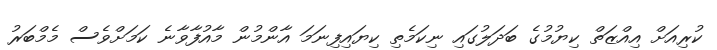
ކުރިއަށް އިއްޒަތް ކިޔުމުގެ ބަދަލުގައި ނިކަމެތި ކިޔައިފިނަމަ އާންމުން މާއުފާވާނެ ކަމަށްވެސް މެމްބަރު